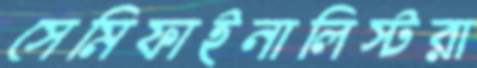
সেমিফাইনালিস্টরা